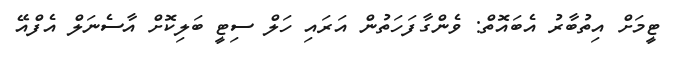
ޓީމަށް އިތުބާރު އެބައޮތް: ވެންގާފަހަތުން އަރައި ހަލް ސިޓީ ބަލިކޮށް އާސެނަލް އެފްއޭ